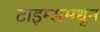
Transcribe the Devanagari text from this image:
टाइम्समधून